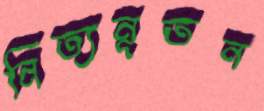
নিত্যনূতন